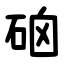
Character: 硇